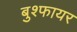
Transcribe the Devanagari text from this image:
बुश्फायर